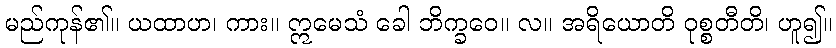
မည်ကုန်၏။ ယထာဟ၊ ကား။ ဣမေသံ ခေါ ဘိက္ခဝေ။ လ။ အရိယောတိ ဝုစ္စတီတိ၊ ဟူ၍။